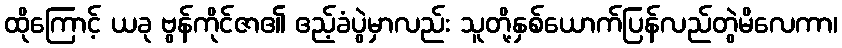
ထိုကြောင့် ယခု ဗွန်ကိုင်ဇာ၏ ဧည့်ခံပွဲမှာလည်း သူတို့နှစ်ယောက်ပြန်လည်တွဲမိလေကာ၊